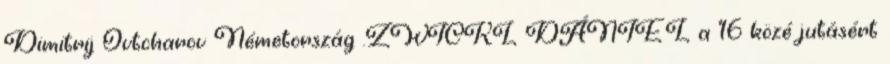
Dimitrij Ovtcharov Németország .ZWICKL DÁNIEL a 16 közé jutásért